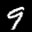
Label: 9